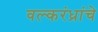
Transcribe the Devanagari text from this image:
वल्करंध्रांचे